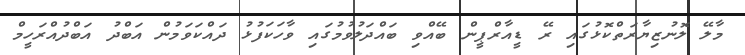
މާލޭ ލޮނުޒިޔާރަތްކޮޅުގައި ރޭ ޑީއާރްޕީން ބޭއްވި ބައްދަލުވުމުގައި ވާހަކަފުޅު ދައްކަވަމުން އަބްދު އަބްދުއްރަހީމް